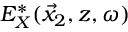
E _ { X } ^ { * } ( \vec { x } _ { 2 } , z , \omega )